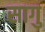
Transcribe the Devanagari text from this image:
सागु